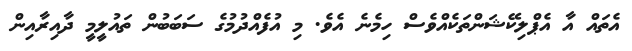
އެތައް އާ އެޕްލިކޭޝަންތަކެއްވެސް ހިމެނެ އެވެ. މި އުފެއްދުމުގެ ސަބަބުން ތައުލީމީ ދާއިރާއިން